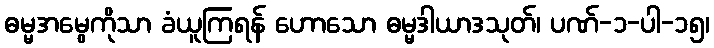
ဓမ္မအမွေကိုသာ ခံယူကြရန် ဟောသော ဓမ္မဒါယာဒသုတ်၊ ပဏ်-၁-ပါ-၁၅၊